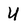
Character: U